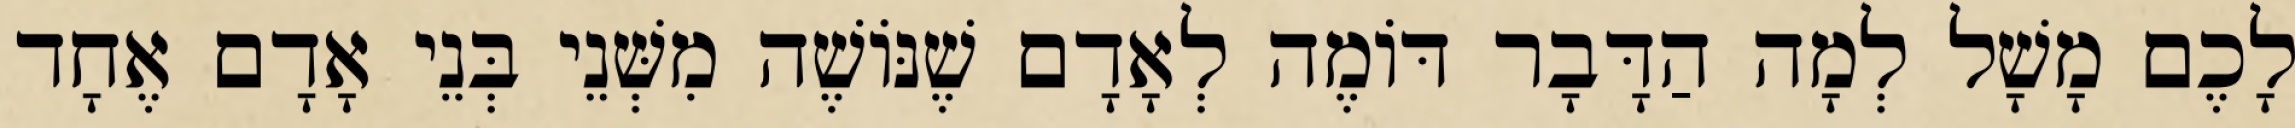
לָכֶם מָשָׁל לְמָה הַדָּבָר דּוֹמֶה לְאָדָם שֶׁנּוֹשֶׁה מִשְּׁנֵי בְּנֵי אָדָם אֶחָד